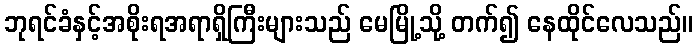
ဘုရင်ခံနှင့်အစိုးရအရာရှိကြီးများသည် မေမြို့သို့ တက်၍ နေထိုင်လေသည်။